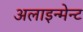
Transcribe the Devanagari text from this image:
अलाइन्मेन्ट